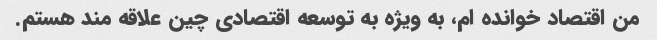
من اقتصاد خوانده ام، به ویژه به توسعه اقتصادی چین علاقه مند هستم.